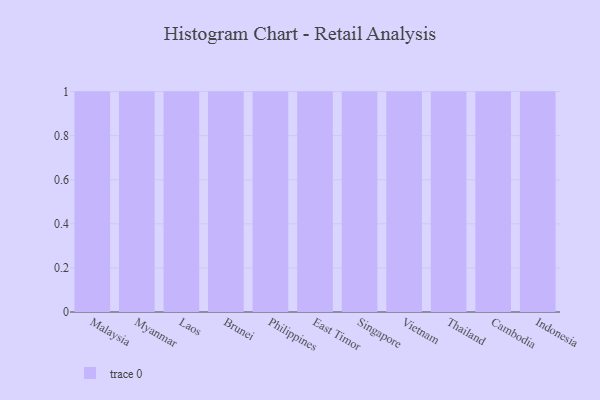
{"axis": {"x": "Country", "y": "Shipments"}, "legend": [""], "data": [{"x": "Malaysia", "y": 65, "type": ""}, {"x": "Myanmar", "y": 98, "type": ""}, {"x": "Laos", "y": 10, "type": ""}, {"x": "Brunei", "y": 7, "type": ""}, {"x": "Philippines", "y": 82, "type": ""}, {"x": "East Timor", "y": 9, "type": ""}, {"x": "Singapore", "y": 15, "type": ""}, {"x": "Vietnam", "y": 41, "type": ""}, {"x": "Thailand", "y": 79, "type": ""}, {"x": "Cambodia", "y": 46, "type": ""}, {"x": "Indonesia", "y": 6, "type": ""}]}